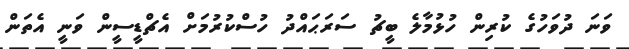
ވަނަ ދުވަހުގެ ކުރިން ހުޅުމާލެ ބީޗު ސަރަޙައްދު ހުސްކުރުމަށް އެޗްޑީސީން ވަނީ އެތަން